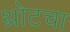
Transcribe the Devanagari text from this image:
थ्रोटचा